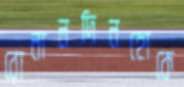
রোনালদিনহোকে